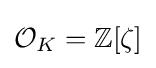
{\mathcal {O}}_{K}=\mathbb {Z} [\zeta ]